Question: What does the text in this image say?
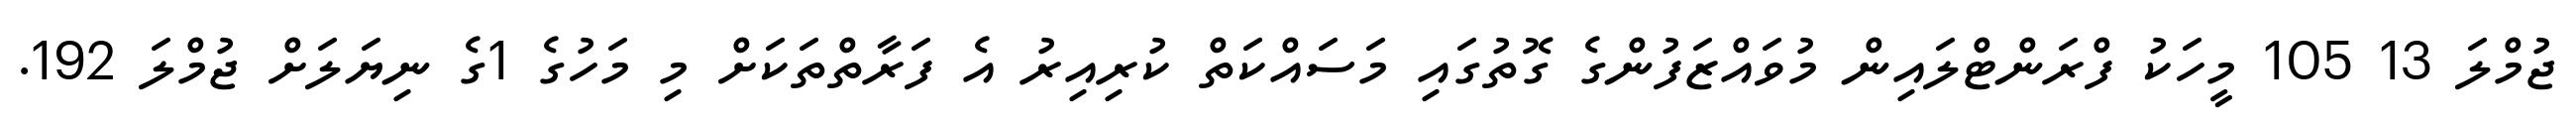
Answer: ޖުމްލަ 13 105 މީހަކު ފްރަންޓްލައިން މުވައްޒަފުންގެ ގޮތުގައި މަސައްކަތް ކުރިއިރު އެ ފަރާތްތަކަށް މި މަހުގެ 1ގެ ނިޔަލަށް ޖުމްލަ 192.